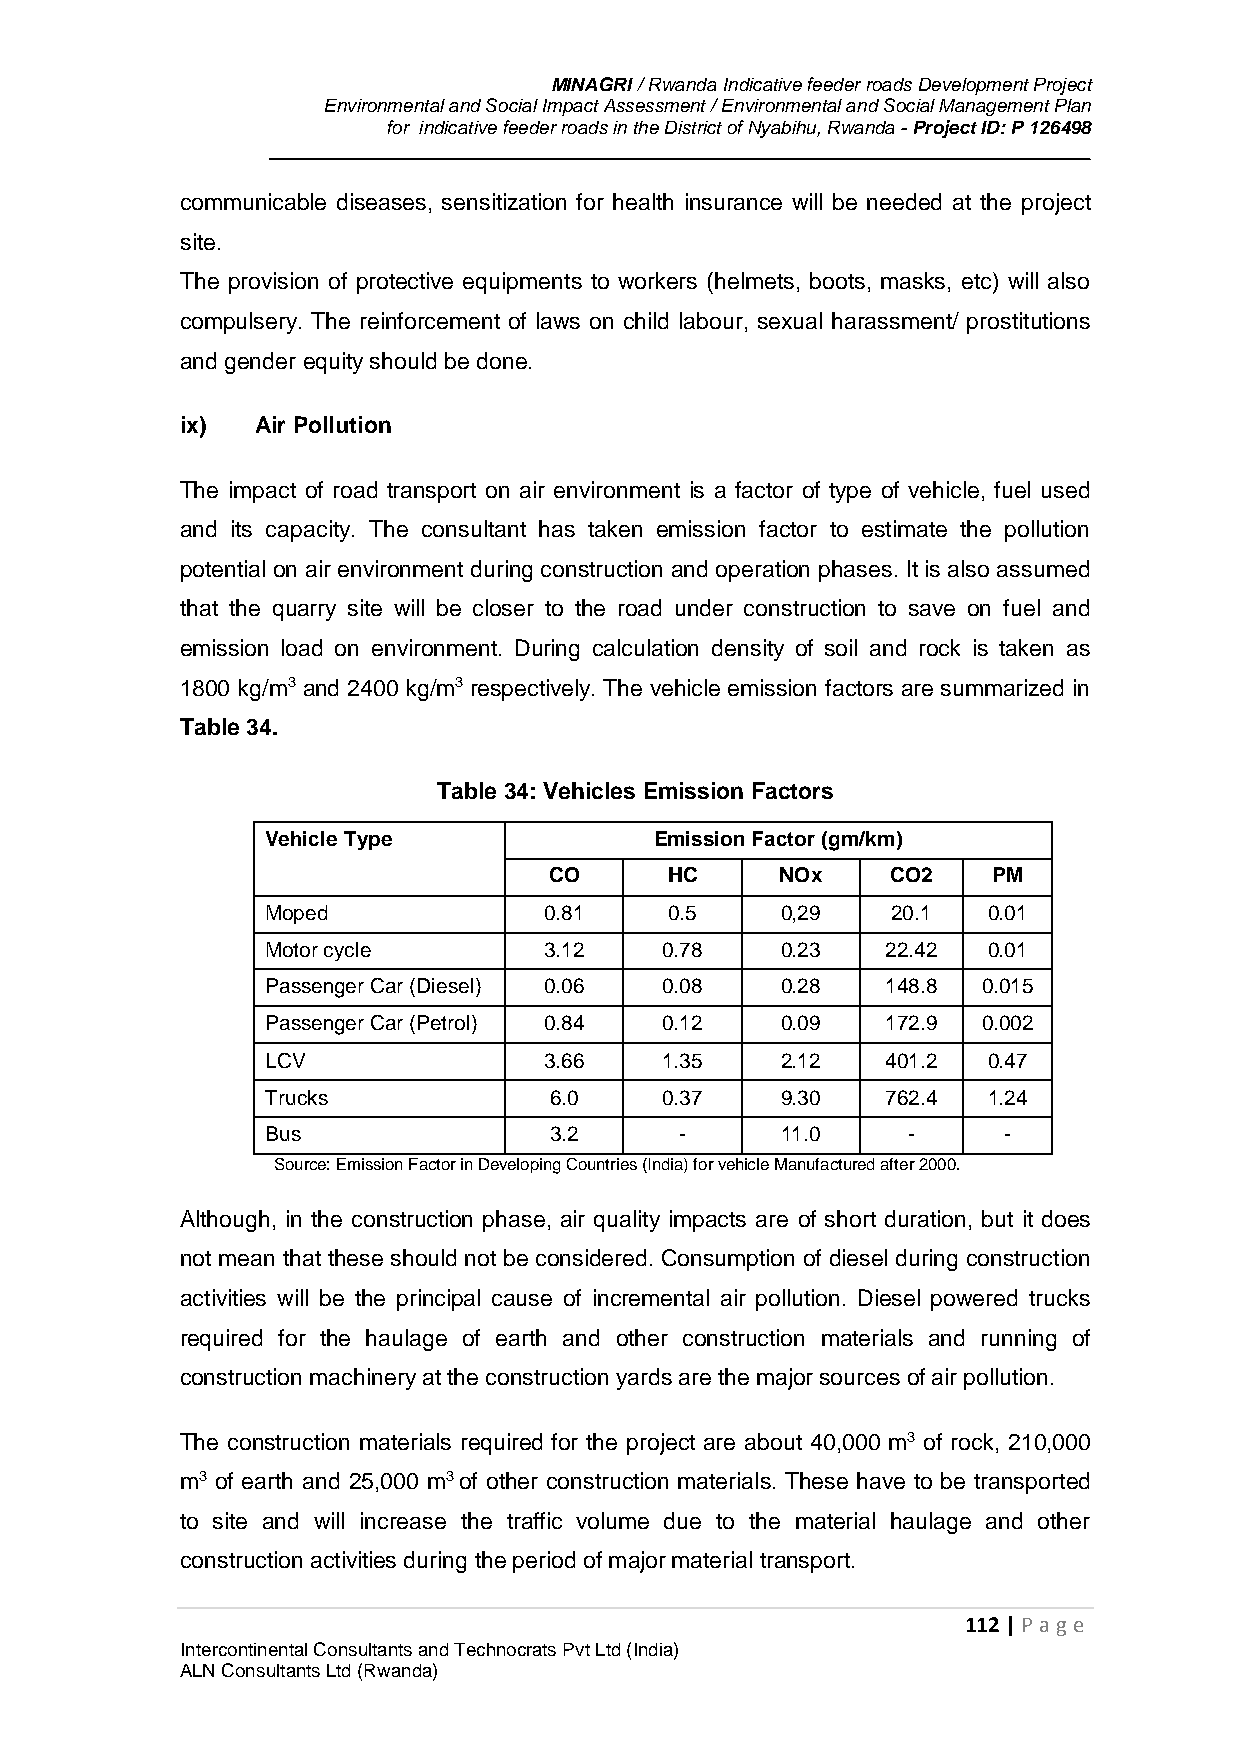
MINAGRI / Rwanda Indicative feeder roads Development Project
 Environmental and Social Impact Assessment / Environmental and Social Management Plan
 for indicative feeder roads in the District of Nyabihu, Rwanda - Project ID: P 126498
 communicable diseases, sensitization for health insurance will be needed at the project
 site.
 The provision of protective equipments to workers (helmets, boots, masks, etc) will also
 compulsery. The reinforcement of laws on child labour, sexual harassment/ prostitutions
 and gender equity should be done.
 ix)  Air Pollution
 The impact of road transport on air environment is a factor of type of vehicle, fuel used
 and its capacity. The consultant has taken emission factor to estimate the pollution
 potential on air environment during construction and operation phases. It is also assumed
 that the quarry site will be closer to the road under construction to save on fuel and
 emission load on environment. During calculation density of soil and rock is taken as
 1800 kg/m3 and 2400 kg/m3 respectively. The vehicle emission factors are summarized in
 Table 34.
 Table 34: Vehicles Emission Factors
 Vehicle Type             Emission Factor (gm/km)
 CO      HC      NOx    CO2    PM
 Moped             0.81    0.5     0,29   20.1  0.01
 Motor cycle       3.12    0.78    0.23   22.42 0.01
 Passenger Car (Diesel) 0.06 0.08  0.28   148.8 0.015
 Passenger Car (Petrol) 0.84 0.12  0.09   172.9 0.002
 LCV               3.66    1.35    2.12   401.2 0.47
 Trucks            6.0     0.37    9.30   762.4 1.24
 Bus               3.2      -      11.0    -     -
 Source: Emission Factor in Developing Countries (India) for vehicle Manufactured after 2000.
 Although, in the construction phase, air quality impacts are of short duration, but it does
 not mean that these should not be considered. Consumption of diesel during construction
 activities will be the principal cause of incremental air pollution. Diesel powered trucks
 required for the haulage of earth and other construction materials and running of
 construction machinery at the construction yards are the major sources of air pollution.
 The construction materials required for the project are about 40,000 m3 of rock, 210,000
 m3 of earth and 25,000 m3 of other construction materials. These have to be transported
 to site and will increase the traffic volume due to the material haulage and other
 construction activities during the period of major material transport.
 112 | P age
 Intercontinental Consultants and Technocrats Pvt Ltd (India)
 ALN Consultants Ltd (Rwanda)